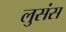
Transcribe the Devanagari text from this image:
लुसंस